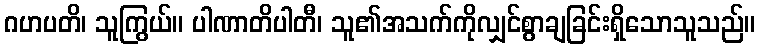
ဂဟပတိ၊ သူကြွယ်။ ပါဏာတိပါတီ၊ သူ၏အသက်ကိုလျှင်စွာချခြင်းရှိသောသူသည်။